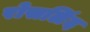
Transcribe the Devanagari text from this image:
रोसलिंद